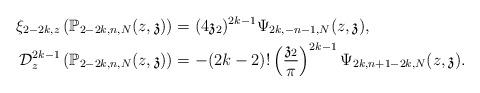
LaTeX: \begin{align*}\xi_{2-2k,z}\left(\mathbb{P}_{2-2k,n,N}(z,\mathfrak{z})\right)&=(4\mathfrak{z}_2)^{2k-1}\Psi_{2k,-n-1,N}(z,\mathfrak{z}),\\ \mathcal{D}_z^{2k-1}\left(\mathbb{P}_{2-2k,n,N}(z,\mathfrak{z})\right)&=-(2k-2)!\left(\frac{\mathfrak{z}_2}{\pi}\right)^{2k-1}\Psi_{2k,n+1-2k,N}(z,\mathfrak{z}).\end{align*}